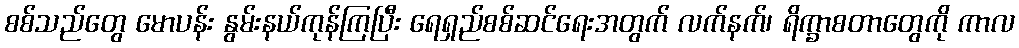
စစ်သည်တွေ မောပန်း နွမ်းနယ်ကုန်ကြပြီး ရေရှည်စစ်ဆင်ရေးအတွက် လက်နက်၊ ရိက္ခာစတာတွေကို ကာလ